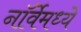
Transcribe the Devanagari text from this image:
नॉर्वेमध्ये